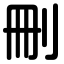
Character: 刪